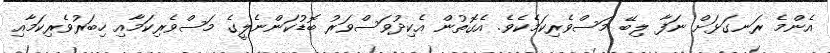
އެންމެ ރަނގަޅަށް ނަފާ ލިބޭ މަސްވެރިކަމެކެވެ. އެގޮތުން އެކިދުވަސްވަރު ބޮޑުކަންނެލީގެ މަސްވެރިކަމާއި ހިބަރުވެރިކަމާއި